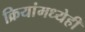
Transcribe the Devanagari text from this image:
क्रियांमध्येही